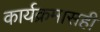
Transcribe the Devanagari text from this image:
कार्यक्रमासही